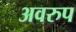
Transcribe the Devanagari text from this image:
अवरुप